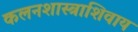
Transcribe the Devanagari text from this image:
कलनशास्त्राशिवाय